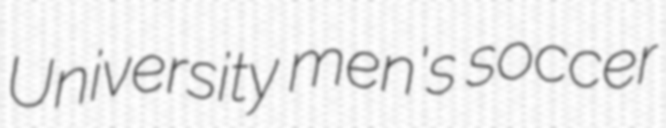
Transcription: University men's soccer